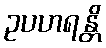
ဥပဟရန္တိ